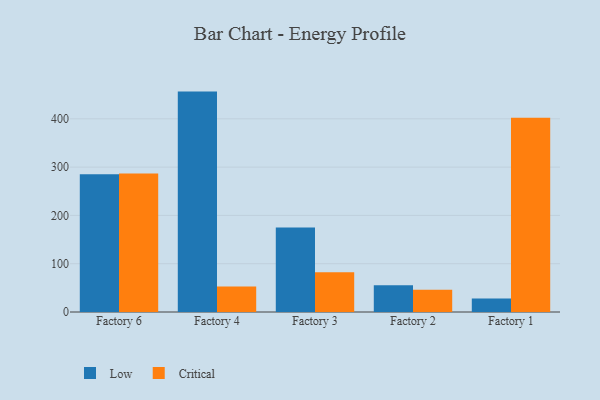
{"axis": {"x": "Factory", "y": "Page Views"}, "legend": ["Critical", "Low"], "data": [{"x": "Factory 6", "y": 285.0, "type": "Low"}, {"x": "Factory 6", "y": 286.8, "type": "Critical"}, {"x": "Factory 4", "y": 456.4, "type": "Low"}, {"x": "Factory 4", "y": 52.8, "type": "Critical"}, {"x": "Factory 3", "y": 175.2, "type": "Low"}, {"x": "Factory 3", "y": 82.5, "type": "Critical"}, {"x": "Factory 2", "y": 55.2, "type": "Low"}, {"x": "Factory 2", "y": 45.9, "type": "Critical"}, {"x": "Factory 1", "y": 27.7, "type": "Low"}, {"x": "Factory 1", "y": 402.1, "type": "Critical"}]}